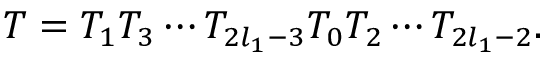
T = T _ { 1 } T _ { 3 } \cdots T _ { 2 l _ { 1 } - 3 } T _ { 0 } T _ { 2 } \cdots T _ { 2 l _ { 1 } - 2 } .